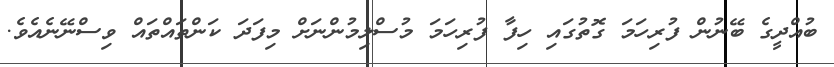
ބުއްދީގެ ބޭނުން ފުރިހަމަ ގޮތުގައި ހިފާ ފުރިހަމަ މުސްލިމުންނަށް މިފަދަ ކަންތައްތައް ވިސްނޭނެއެވެ.